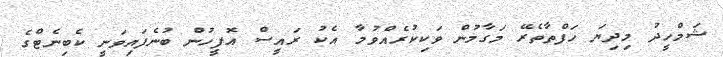
ޝަމްހީދު މިދިޔަ ހަފްތާތެރޭ މަގާމުން ވަކިކުރެއްވުމާ އެކު ރައީސް އޮފީހުން ބުނެފައިވަނީ ކެބިނެޓްގެ